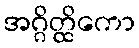
အဂ္ဂိတ္ထိကော